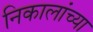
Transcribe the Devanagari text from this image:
निकालांच्या